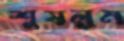
শুষলুম